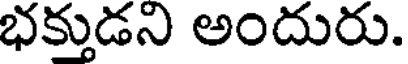
భక్తుడని అందురు.